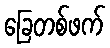
ခြေတစ်ဖက်